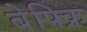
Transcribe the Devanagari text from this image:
बेफ्क्रि